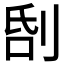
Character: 𠜜